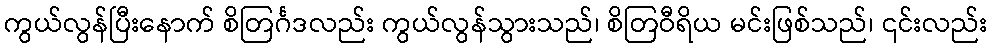
ကွယ်လွန်ပြီးနောက် စိတြင်္ဂဒလည်း ကွယ်လွန်သွားသည်၊ စိတြဝီရိယ မင်းဖြစ်သည်၊ ၎င်းလည်း